Civil Veterinary Department. United Provinces 1912-22 - 1912-1922
Year: 1912
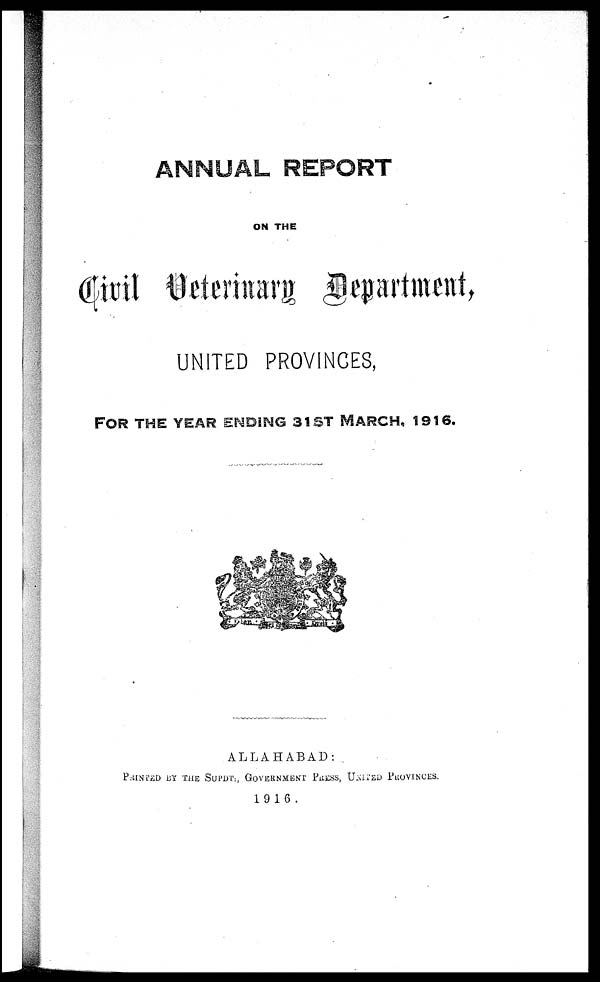
ANNUAL REPORT
ON THE
UNITED PROVINCES,
FOR THE YEAR ENDING 31ST MARCH, 1916.
ALLAHABAD:
PRINTED BY THE SUPDT., GOVERNMENT PRESS, UNITED PROVINCES.
1916 .